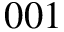
0 0 1